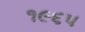
૧૯૬પ